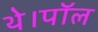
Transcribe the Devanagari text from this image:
थे।पॉल